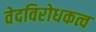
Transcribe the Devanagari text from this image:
वेदविरोधकत्व